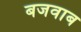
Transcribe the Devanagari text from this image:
बजवाब